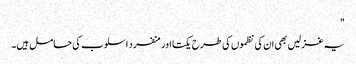
"
یہ غزلیں بھی ان کی نظموں کی طرح یکتا اور منفرد اسلوب کی حامل ہیں۔